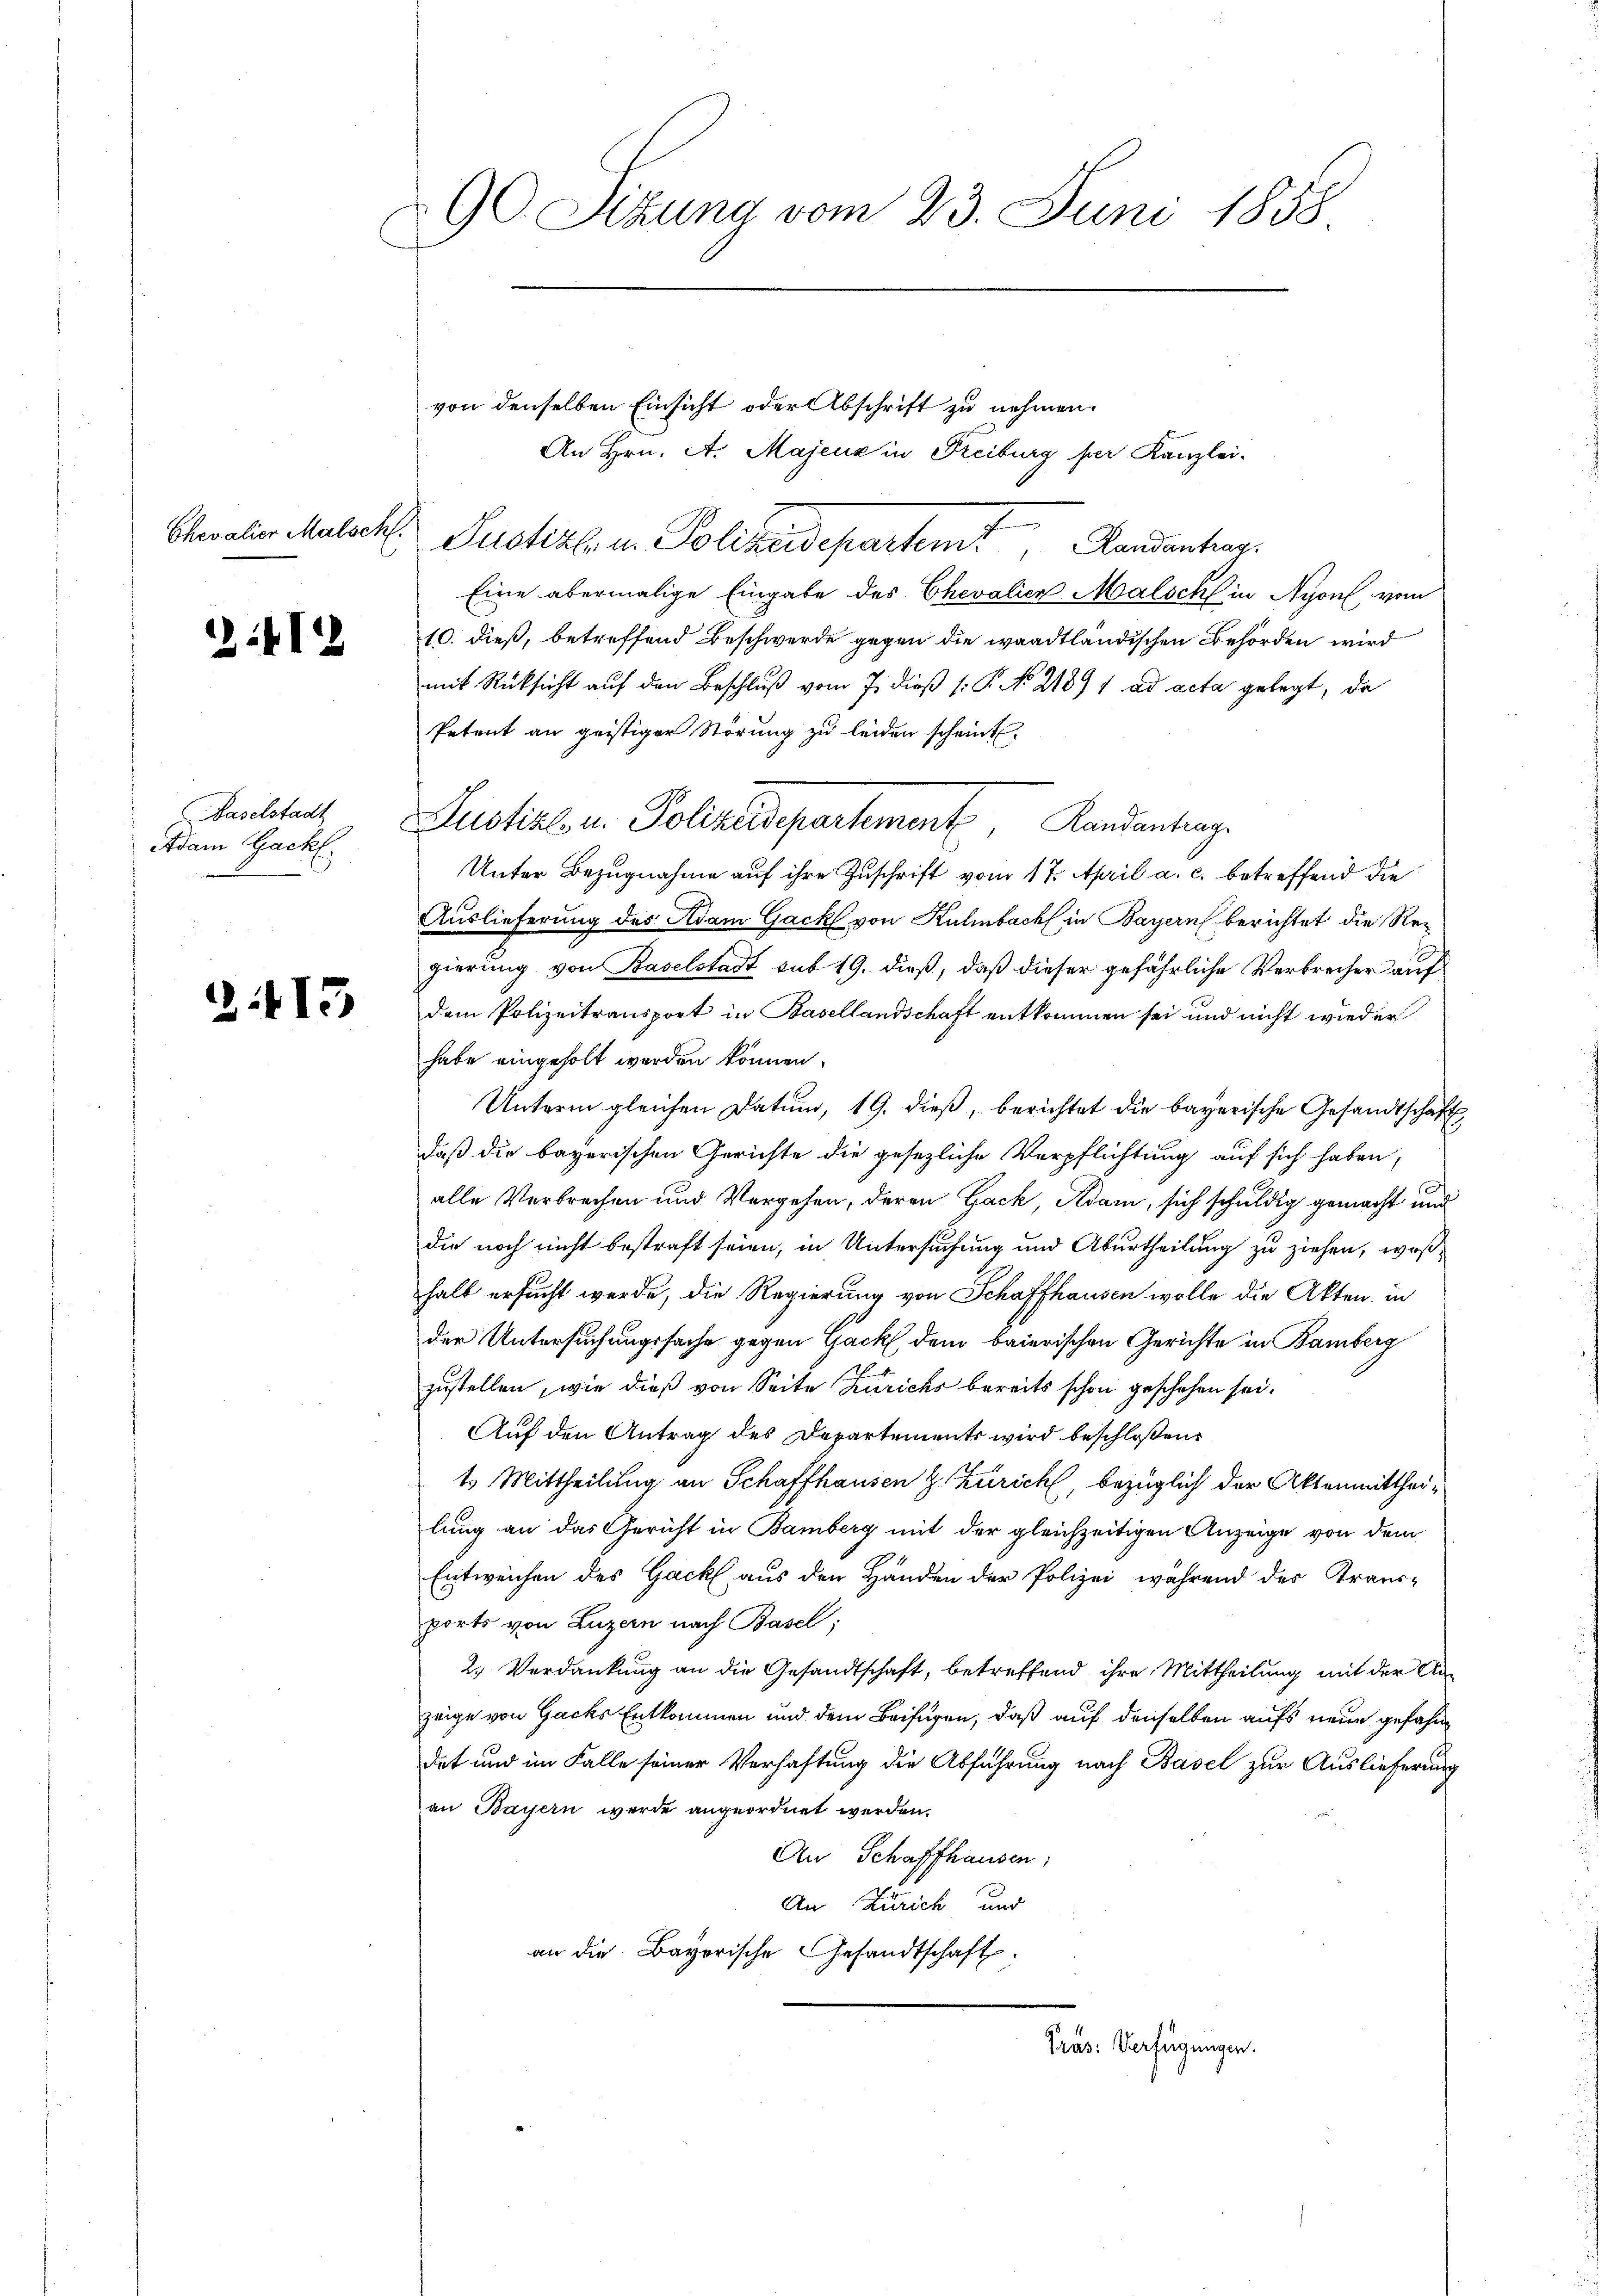
Chevalier Malschl

21412

Baselstadt
Adam Gack

2113

90 Sitzung vom 23. Juni 1858.

Justiz- u. Polizeidepartem Landantrag
Eine abermalige Eingabe des Chevalien Malsch in Nyon, vom
10. dieß, betreffend Beschwerde gegen die waadtländischen Behörden wird
mit Rücksicht auf den Beschluß vom 7. dieß (: P. No. 2189 f ad acta gelegt, da
Petent an geistiger Störung zu leiden scheint.
Unter Bezugnahme auf ihre Zuschrift vom 17. April a. c. betreffend die
Auslieferung des Adam Gack von Kulmbach in Bayern berichtet die Regierung von Baselstadt sub 19. dieß, daß dieser gefährliche Verbrecher auf
dem Polizeitransport in Basellandschaft entkommen sei und nicht wieder
habe eingeholt werden können.
Unterm gleichen Datum, 19. dieß, berichtet die bayerische Gesandtschaft
daß die bayerischen Gerichte die gesezliche Verpflichtung auf sich haben,
alle Verbrechen und Vergehen, deren Gack, Adam, sich schuldig gemacht und
die noch nicht bestraft seien, in Untersuchung und Aburtheilung zu ziehen, wos
halb ersucht werde, die Regierung von Schaffhausen wolle die Akten, in
der Untersuchungssache gegen Gack dem baierischen Gerichte in Bamberg
zustellen, wie dieß von Seite Zürichs bereits schon geschehen sei.
Auf den Antrag des Departements wird beschloßen:
1 Mittheilung an Schaffhausen z. Zürich, bezüglich der Aktenmittheilung an das Gericht in Bamberg mit der gleichzeitigen Anzeige von dem
Entweichen des Gack aus den Händen der Polizei während des Trans-
ports von Luzern nach Basel;
2.) Verdankung an die Gesandtschaft, betreffend ihre Mittheilung mit der Anzeige von Gacks Entkommen und dem Beifügen, daß auf denselben aufs neue gefahr
det und im Falle seiner Verhaftung die Abführung nach Basel zur Auslieferung
an Bayern werde angeordnet werden.
An Schaffhausen:
An Zürich und
an die Bayerische Gesandtschaft

von denselben Einsicht oder Abschrift zu nehmen.

An Hrn. A. Majenz in Freiburg her Kanzlei-

e

Suptial u. Polizeidepartement Landantrage

Präs. Verfügungen